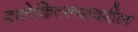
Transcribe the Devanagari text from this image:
बालेकिल्ल्यावरील